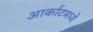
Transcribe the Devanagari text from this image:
आर्काटमध्ये